Report of the King Institute of Preventive Medicine, Guindy
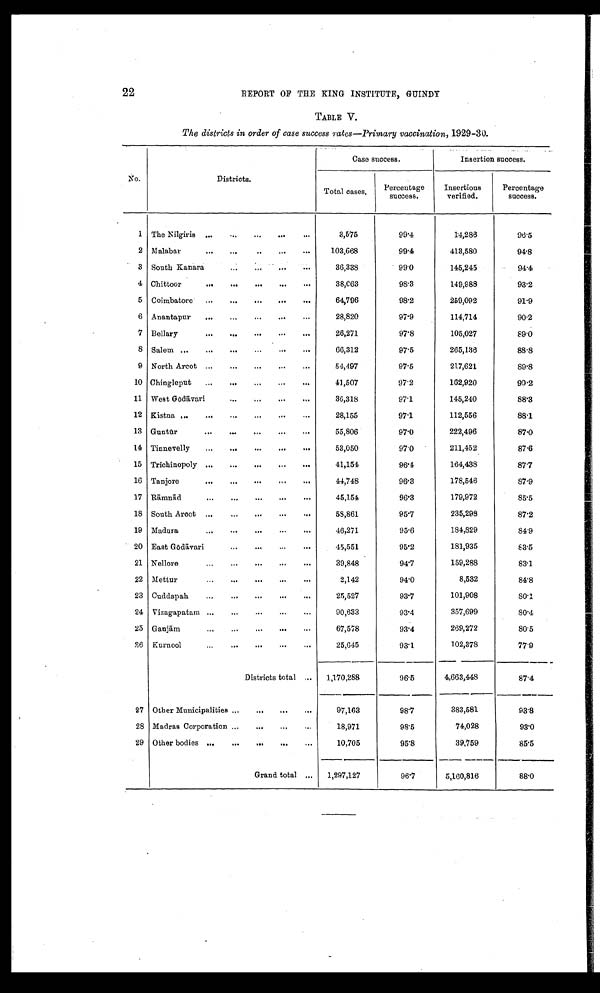
22
REPORT OF THE KING INSTITUTE, GUINDY
TABLE V.
The districts in order of case success rates-Primary vaccination, 1929-30.
No.
Districts.
Case success.
Insertion success.
Total cases.
Percentage
success.
Insertions
verified.
Percentage
success.
1 The Nilgiris ... ...
...
...
...
3,575
99.4
14,286
96.5
2 Malabar
... ... ... ... ...
103,668
99.4
413,580
94.8
3 South Kanara
... ... ... ... ...
36,338
99.0
145,245
94.4
4 Chittoor
... ... ... ... ...
3 8 , 0 6 3
98.3
149,988
93.2
5 Coimbatore
...
...
...
...
...
64,796
98.2
259,092
91.9
6 Anantapur
...
...
...
...
...
28,820
97.9
114,714
90.2
7 Bellary
...
... ... ... ...
26,271
97.8
105,027
89.0
8 Salem ...
...
... ...
...
...
66,312
97.5
265,136
88.8
9 North Arcot ...
...
...
...
...
54,497
97.5
217,621
89.8
10 Chingleput
...
...
...
...
...
41,507
97.2
162,920
90.2
11 West Gōdā vari
...
...
...
...
36,318
97.1
145,240
88.3
12 Kistna ...
... ... ... ... ...
28,155
97.1
112,556
88.1
13 Guntū r
... ... ... ... ...
55,806
97.0
222,496
87.0
14 Tinnevelly
...
...
...
...
...
53,050
97.0
211,452
87.6
15 Trichinopoly ...
...
...
...
...
41,154
96.4
164,438
8 7 . 7
16 Tanjore
... ... ... ... ...
44,748
96.3
178,546
87.9
17 Rā mnā d
... ... ... ... ...
4 5 , 1 5 4
96.3
179,972
85.5
18 South Arcot ...
...
...
...
...
58,861
95.7
235,298
87.2
19 Madura
... ... ... ... ...
46,271
9 5 . 6
184,829
84.9
20 East Gōdā vari
... ... ... ...
45,551
95.2
181,935
83.5
21 Nellore
...
... ... ... ...
39,848
94.7
159,288
83.1
22
Mettur
... ... ... ... ...
2,142
94.0
8,532
84.8
23 Cuddapah
...
...
...
...
...
25,527
93.7
101,908
80.1
24 Vizagapatam
...
...
...
...
...
90,633
93.4
357,699
8 0 . 4
25
Ganjā m
... ... ... ... ...
67,578
93.4
269,272
80.5
26
Kurnool
... ... ... ... ...
25,645
93.1
102,378
77.9
Districts total ...
1,170,288
96.5
4,663,448
87.4
27
Other Municipalities ...
...
...
...
97,163
98.7
383,581
93.8
28 Madras Corporation
...
...
...
...
18,971
98.5
74,028
93.0
29 Other bodies ...
...
...
...
...
10,705
95.8
39,759
85.5
Grand total ...
1,297,127
96.7
5,160,816
88.0